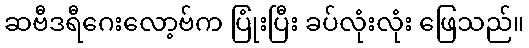
ဆဗီဒရီဂေးလော့ဗ်က ပြုံးပြီး ခပ်လုံးလုံး ဖြေသည်။